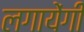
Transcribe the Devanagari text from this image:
लगायेंगी